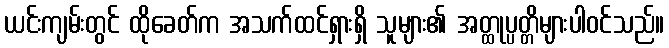
ယင်းကျမ်းတွင် ထိုခေတ်က အသက်ထင်ရှားရှိ သူများ၏ အတ္ထုပ္ပတ္တိများပါဝင်သည်။